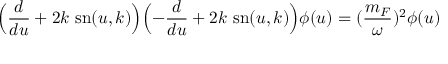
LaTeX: \Bigl ( \frac { d } { d u } + 2 k ~ \mathrm { s n } ( u , k ) \Bigr ) \Bigl ( - \frac { d } { d u } + 2 k ~ \mathrm { s n } ( u , k ) \Bigr ) \phi ( u ) = ( \frac { m _ { F } } { \omega } ) ^ { 2 } \phi ( u )